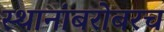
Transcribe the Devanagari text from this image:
स्थानांबरोबरच